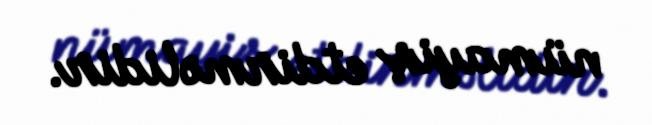
nümayiş etdirməlidir.